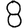
Digit: 8